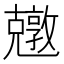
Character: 𠓎